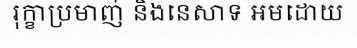
រុក្ខាប្រមាញ់ និងនេសាទ អមដោយ